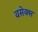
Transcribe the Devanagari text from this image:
वसेक्स